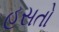
હસતો